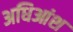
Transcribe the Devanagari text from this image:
अधिआंश